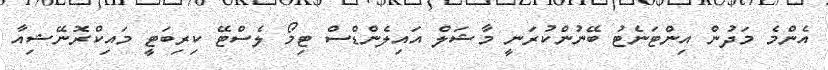
އެންމެ މަދުން އިންޓަނެޓު ބޭނުންކުރަނީ މާޝަލް އައިލެންޑްސް ޓިމޯ ލެސްޓޭ ކިރިބަޓީ މައިކްރޮނޭޝިއާ